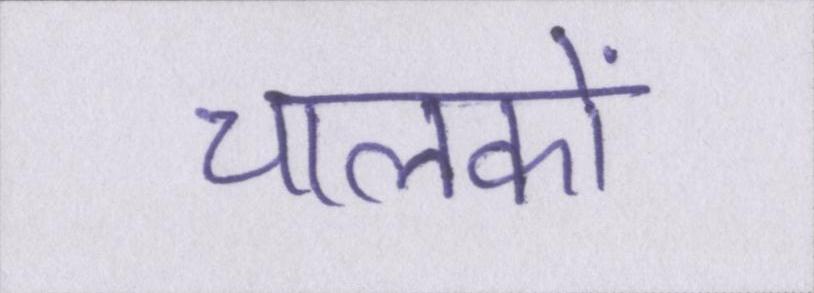
चालकों